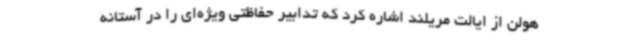
هولن از ایالت مریلند اشاره کرد که تدابیر حفاظتی ویژه‌ای را در آستانه